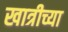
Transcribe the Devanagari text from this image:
खात्रीच्या